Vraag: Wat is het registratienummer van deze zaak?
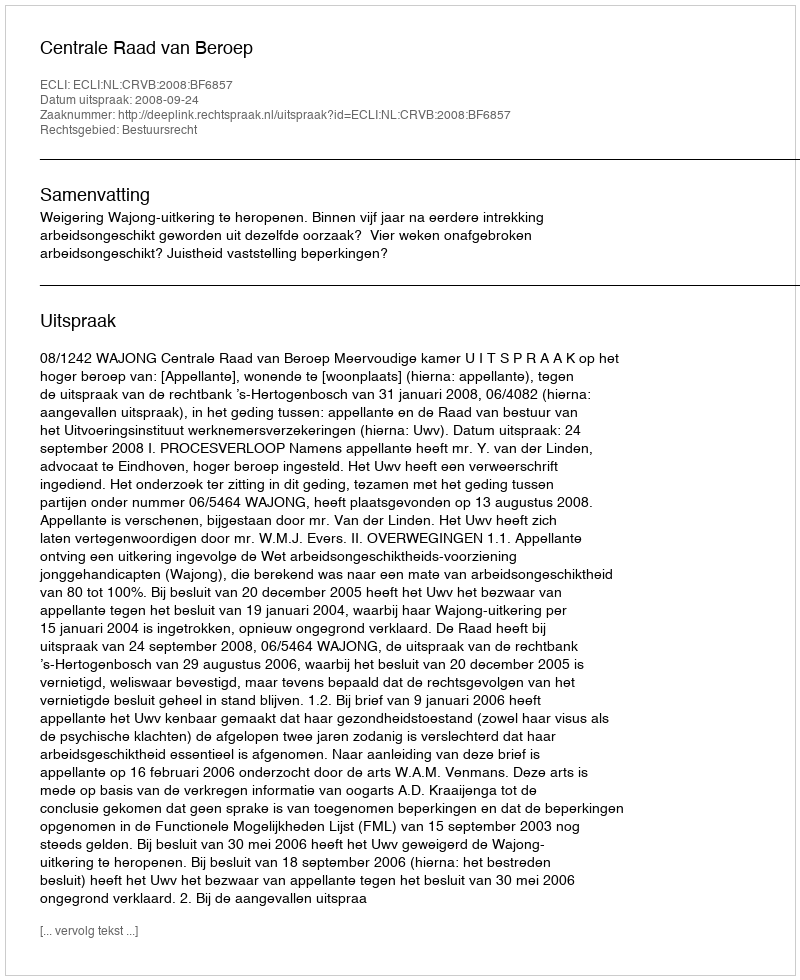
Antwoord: http://deeplink.rechtspraak.nl/uitspraak?id=ECLI:NL:CRVB:2008:BF6857